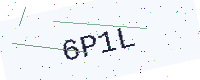
Text: 6P1L